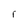
Character: r